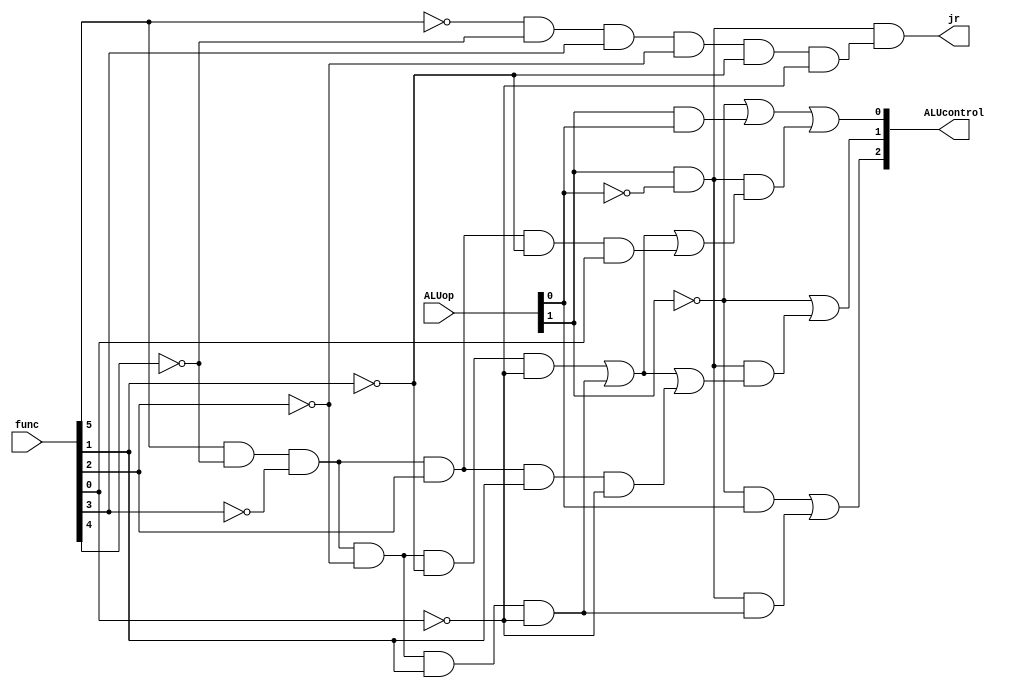
module alu_control(ALUcontrol, jr, ALUop, func);
	input [1:0] ALUop;
	input [5:0] func;
	output [2:0] ALUcontrol;
	output jr;
	
	wire [5:0] notFunc;
	wire [1:0] notALUop;
	wire subtractFunc, addFunc, xorFunc, orFunc, jrFunc, aluop01, aluop10, aluop11;
	wire [5:0] subOps;
	
	not no0(notALUop[0], ALUop[0]);
	not no1(notALUop[1], ALUop[1]);
	
	not n0(notFunc[0], func[0]);
	not n1(notFunc[1], func[1]);
	not n2(notFunc[2], func[2]);
	not n3(notFunc[3], func[3]);
	not n4(notFunc[4], func[4]);
	not n5(notFunc[5], func[5]);
	
	and subf(subtractFunc, func[5], notFunc[4], notFunc[3], notFunc[2], func[1], notFunc[0]);
	and addf(addFunc, func[5], notFunc[4], notFunc[3], notFunc[2], notFunc[1], notFunc[0]);
	and xorf(xorFunc, func[5], notFunc[4], notFunc[3], func[2], func[1], notFunc[0]);
	and orf(orFunc, func[5], notFunc[4], notFunc[3], func[2], notFunc[1], func[0]);
	and jrf(jrFunc, notFunc[5], notFunc[4], func[3], notFunc[2], notFunc[1], notFunc[0]);
	
	and a01(aluop01, notALUop[1], ALUop[0]); //aluop01
	and a10(aluop10, ALUop[1], notALUop[0]); //aluop10
	and a11(aluop11, ALUop[1], ALUop[0]); //aluop11
	
	//aluop10(add + sub + or)
	or o0(subOps[0], addFunc, subtractFunc, orFunc);
	and a0(subOps[1], aluop10, subOps[0]);
	
	or alucont0(ALUcontrol[0], notALUop[1], aluop11, subOps[1]);
	
	//aluop10(add + sub + xor)
	or o1(subOps[2], addFunc, subtractFunc, xorFunc);
	and a1(subOps[3], aluop10, subOps[2]);
	
	or alucont1(ALUcontrol[1], notALUop[1], subOps[3]);
	
	//aluop10.sub
	and a2(subOps[4], aluop10, subtractFunc);
	
	or alucont2(ALUcontrol[2], aluop01, subOps[4]);
	
	and a3(jr, aluop10, jrFunc);
	
endmodule